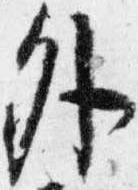
外